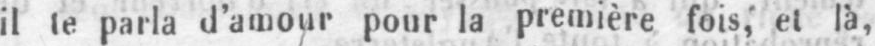
il te parla d’amour pour la première fois, et là,